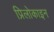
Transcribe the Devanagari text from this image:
प्रिलोकाइन